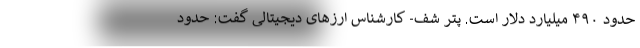
حدود ۴۹۰ میلیارد دلار است. پتر شف- کارشناس ارزهای دیجیتالی گفت: حدود